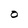
Character: O